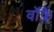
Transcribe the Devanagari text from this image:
वॉक्लैं